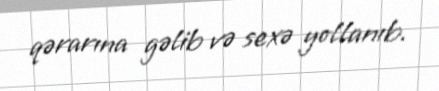
qərarına gəlib və sexə yollanıb.